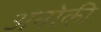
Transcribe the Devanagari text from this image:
अनोकी